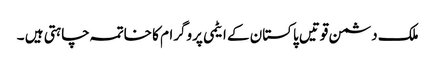
ملک دشمن قوتیں پاکستان کے ایٹمی پروگرام کا خاتمہ چاہتی ہیں ۔